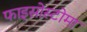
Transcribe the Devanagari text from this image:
फाइसोस्टोमा